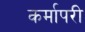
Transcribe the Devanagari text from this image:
कर्मापरी